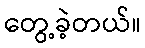
တွေ့ခဲ့တယ်။